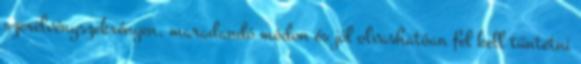
szerelvényszekrényen, maradandó módon és jól olvashatóan fel kell tüntetni